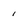
Character: i